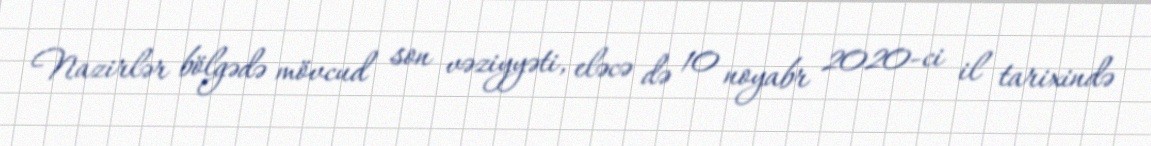
Nazirlər bölgədə mövcud son vəziyyəti, eləcə də 10 noyabr 2020-ci il tarixində